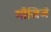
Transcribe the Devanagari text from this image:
मौजिजे